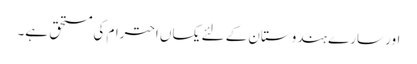
اور سارے ہندوستان کے لئے یکساں احترام کی مستحق ہے۔